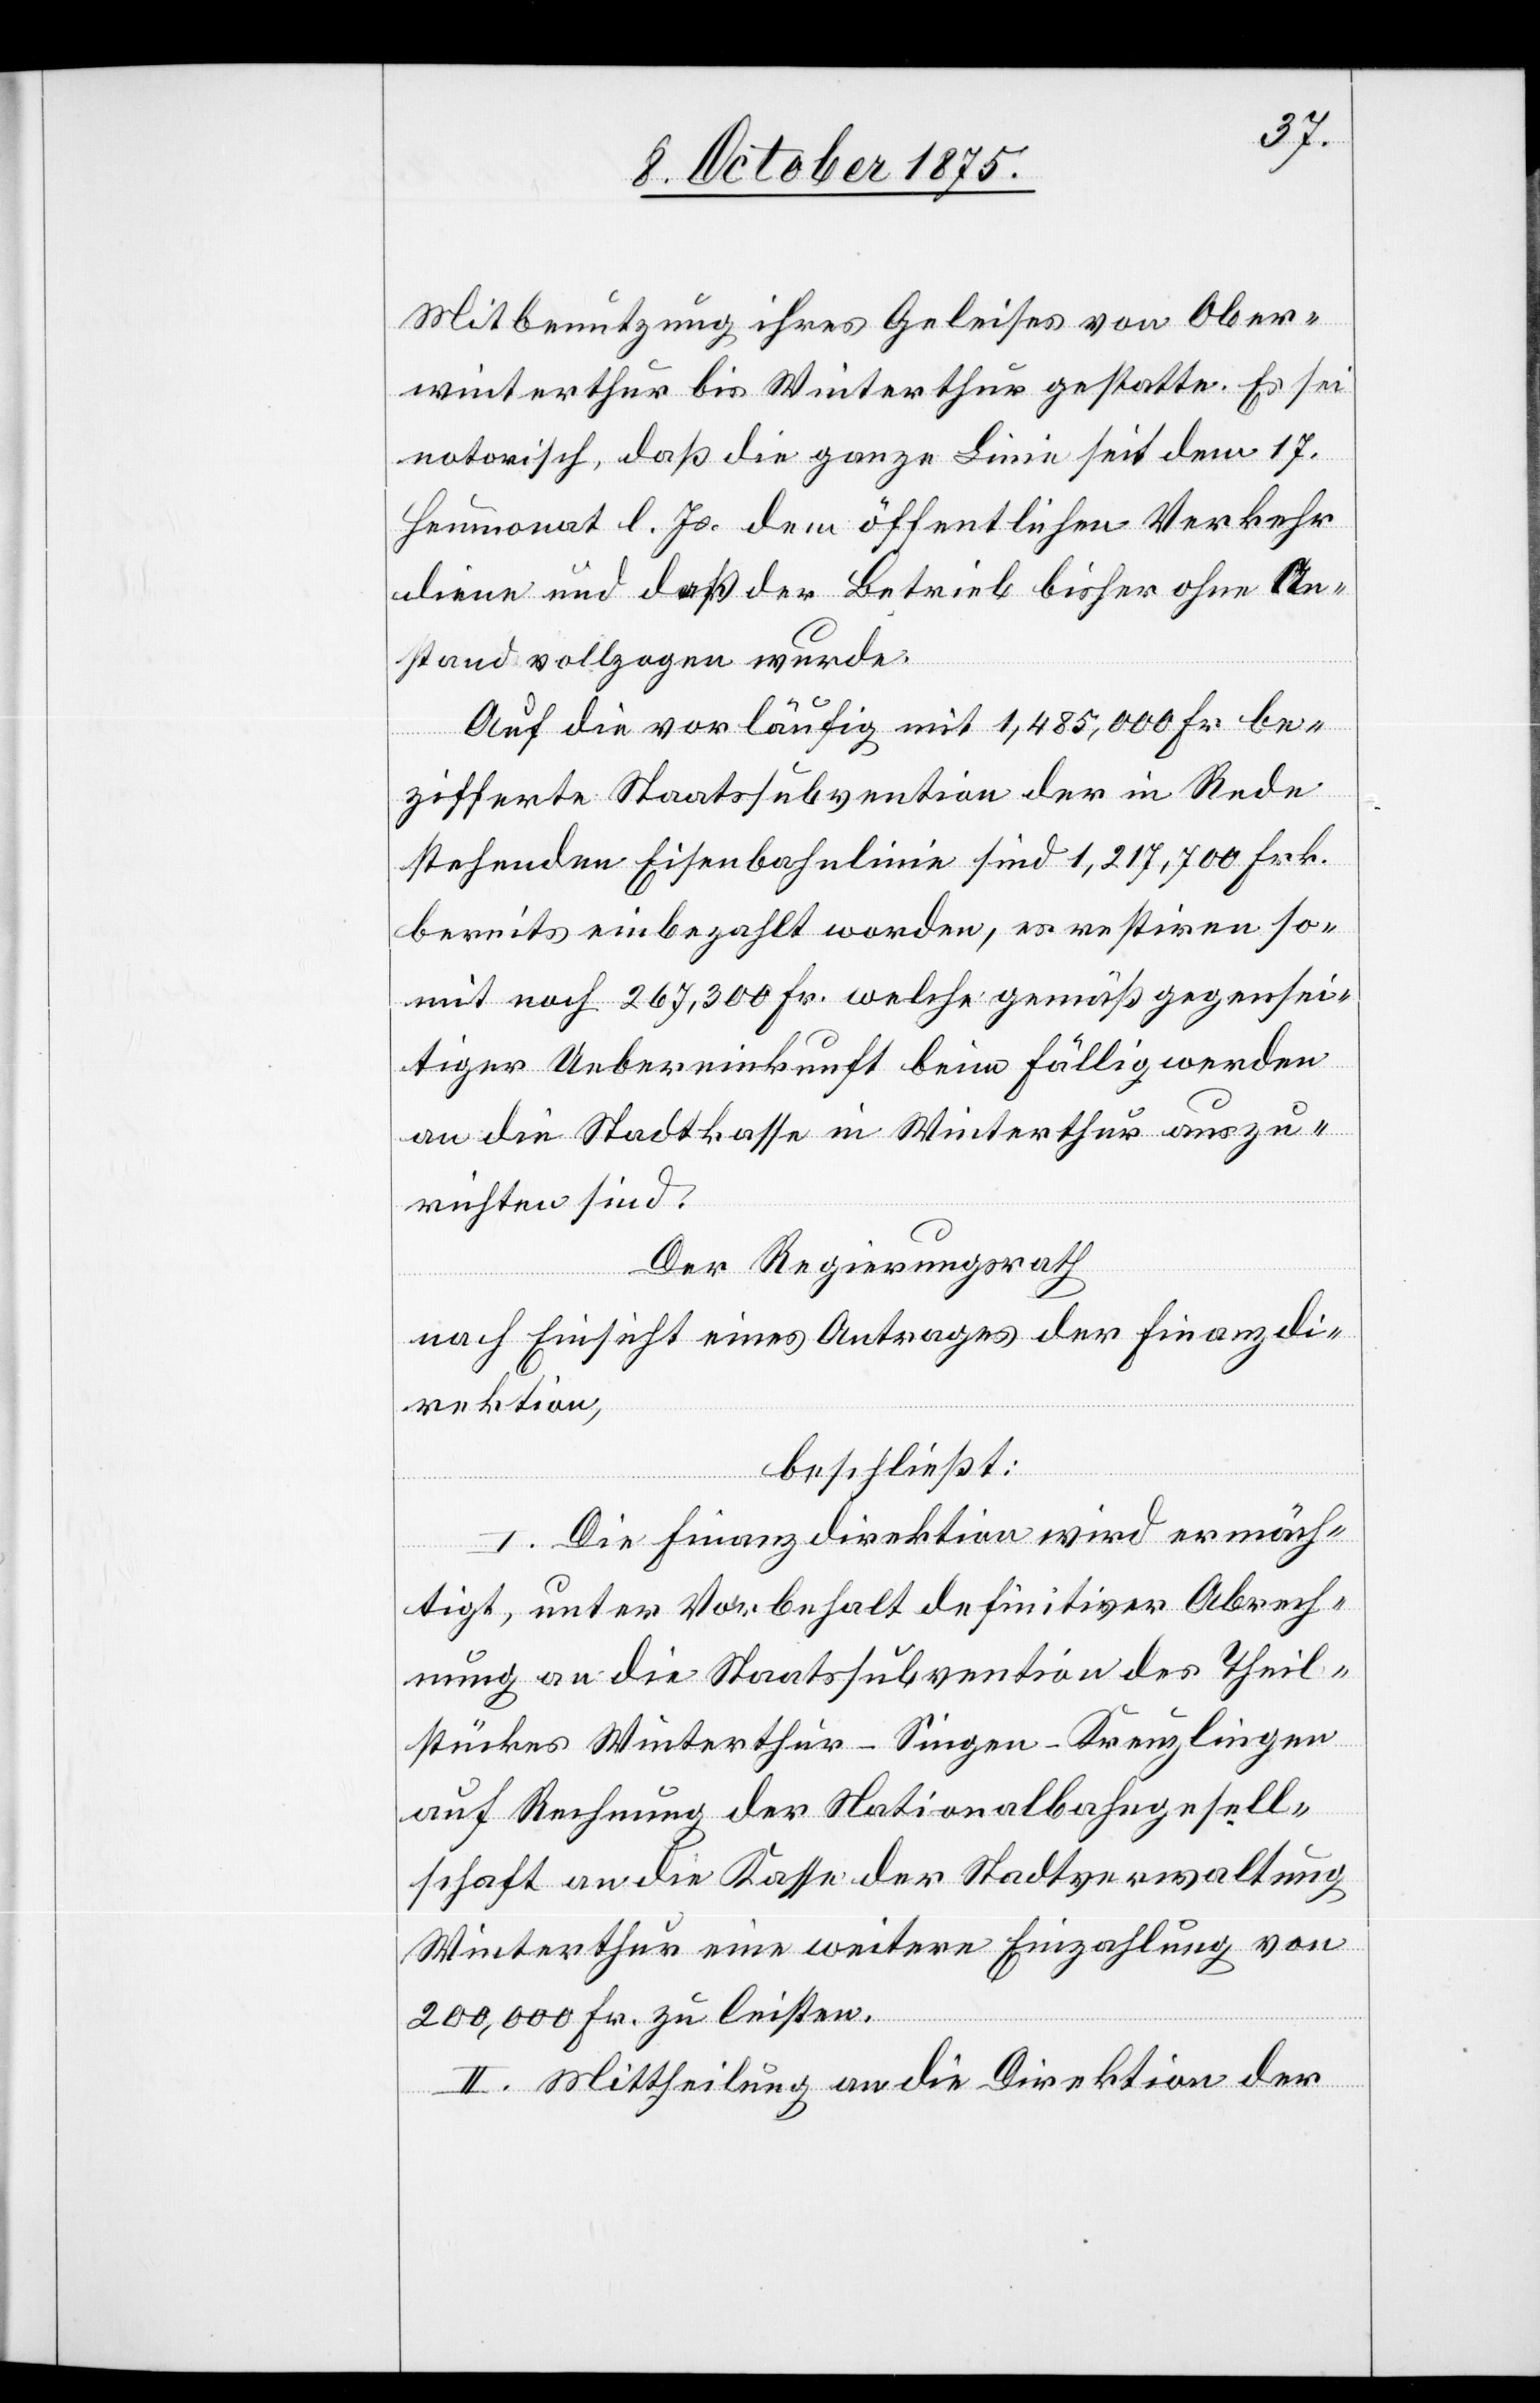
Mitbenutzung ihres Geleises von Ober¬
winterthur bis Winterthur gestatte. Es sei
notorisch, daß die ganze Linie seit dem 17.
Heumonat l. Js. dem öffentlichen Verkehr
diene und daß der Betrieb bisher ohne An¬
stand vollzogen wurde.
Auf die vorläufig mit 1,485,000 Fr. be¬
zifferte Staatssubvention der in Rede
stehenden Eisenbahnlinie sind 1,217,700 Frk.
bereits einbezahlt worden, es restiren so¬
mit noch 267,300 Fr. welche gemäß gegensei¬
tiger Uebereinkunft beim Fällig werden
an die Staatskasse in Winterthur auszu¬
richten sind.
Der Regierungsrath,
nach Einsicht eines Antrages der Finanzdi¬
rektion,
beschließt:
I. Die Finanzdirektion wird ermäch¬
tigt, unter Vorbehalt definitiver Abrech¬
nung an die Staatssubvention des Theil¬
stückes Winterthur–Singen–Kreuzlingen
auf Rechnung der Nationalbahngesell¬
schaft an die Kasse der Stadtverwaltung
Winterhut eine weitere Einzahlung von
200,000 Fr. zu leisten.
II. Mittheilung an die Direktion der